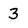
Character: 3